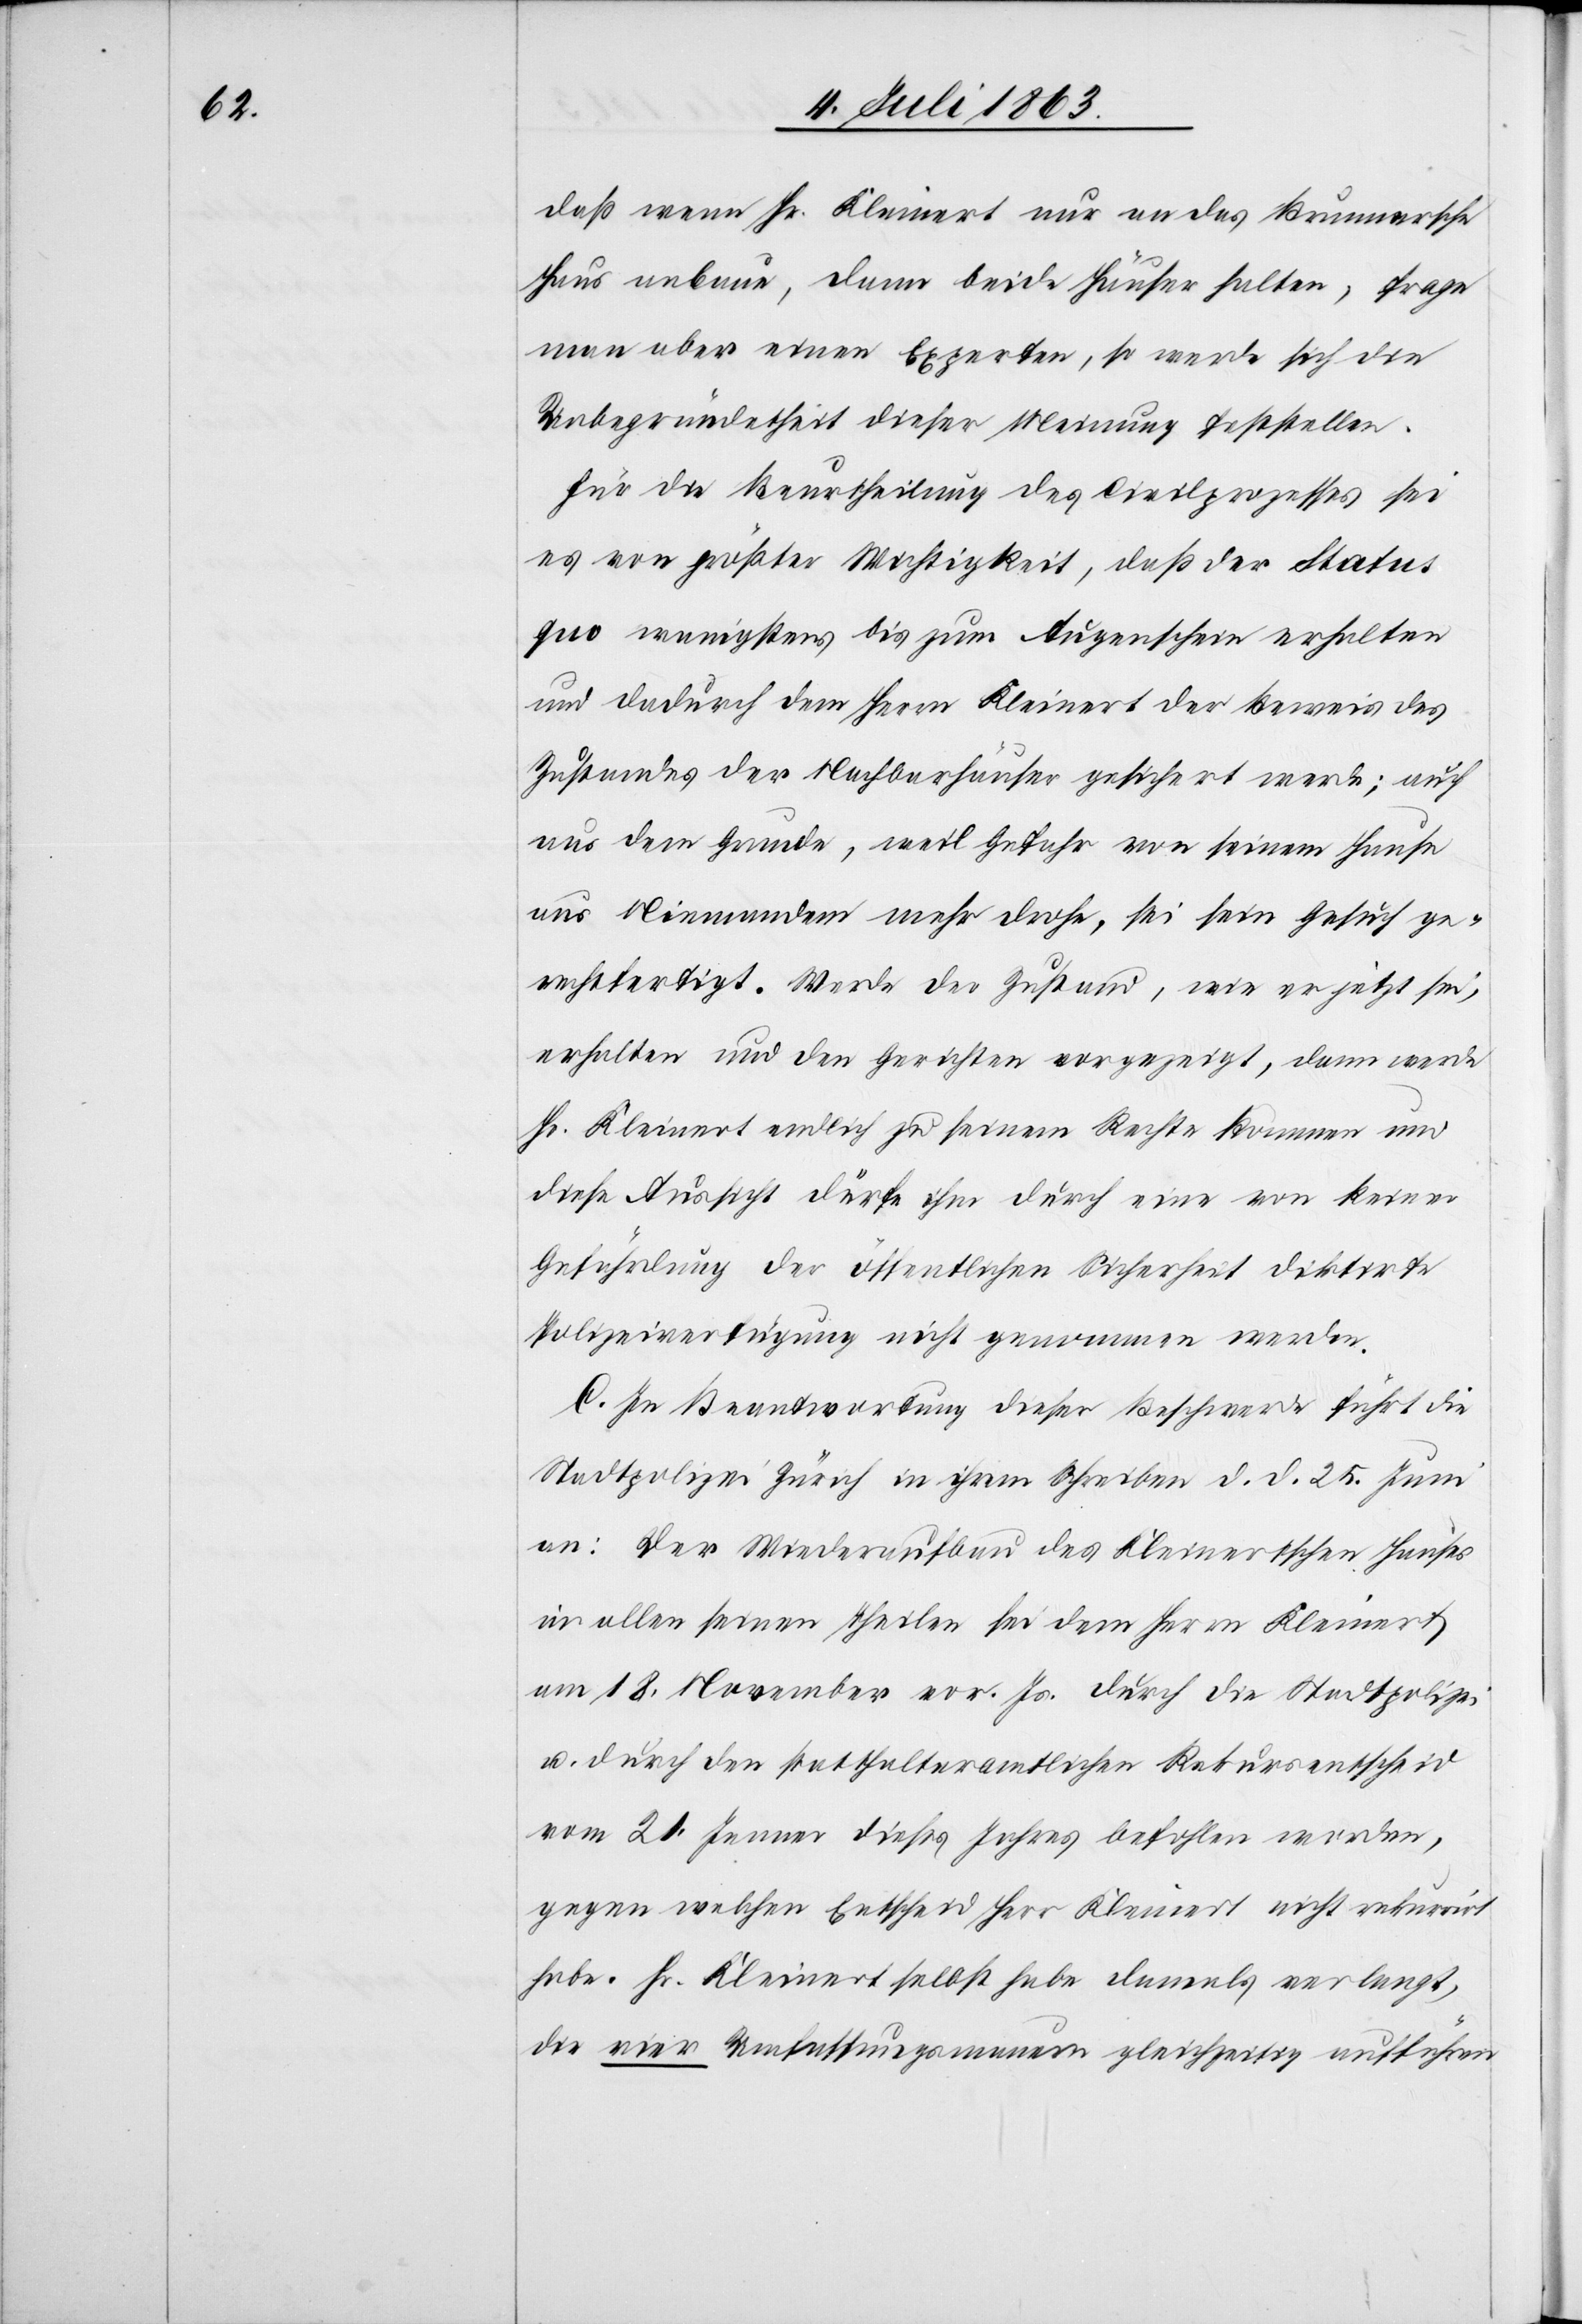
daß wenn Hr. Kleinert nur an das Brunnersche
Haus anbaue, dann beide Häuser halten, frage
man aber einen Experten, so werde sich die
Unbegründetheit dieser Meinung feststellen.
Für die Beurtheilung des Civilprozesses sei
es von größter Wichtigkeit, daß der Status
quo wenigstens bis zum Augenschein erhalten
und dadurch dem Herrn Kleinert der Beweis des
Zustandes der Nachbarhäuser gesichert werde; auch
aus dem Grunde, weil Gefahr von seinem Hause
aus Niemandem mehr drohe, sei sein Gesuch ge¬
rechtfertigt. Werde der Zustand, wie er jetzt sei,
erhalten und den Gerichten vorgezeigt, dann werde
Hr. Kleinert endlich zu seinem Rechte kommen und
diese Aussicht dürfe ihm durch eine von keiner
Gefährdung der öffentlichen Sicherheit diktirte
Polizeiverfügung nicht genommen werden.
C. In Beantwortung dieser Beschwerde führt die
Stadtpolizei Zürich in ihrem Schreiben d. d. 25. Juni
an: Der Wiederaufbau des Kleinertschen Hauses
in allen seinen Theilen sei dem Herrn Kleinert
am 18. November vor. Js. durch die Stadtpolizei
u. durch den statthalteramtlichen Rekursentscheid
vom 21. Jenner dieses Jahres befohlen worden,
gegen welchen Entscheid Herr Kleinert nicht rekurrirt
habe. Hr. Kleinert selbst habe damals verlangt,
die vier Umfassungsmauern gleichzeitig aufführen